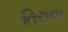
તિરાના